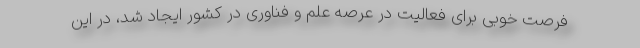
فرصت خوبی برای فعالیت در عرصه علم و فناوری در کشور ایجاد شد، در این